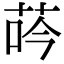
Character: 荶